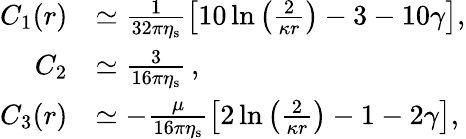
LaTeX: \begin{array}{rl}{C_{1}(r)}&{\simeq\frac{1}{32\pi\eta_{\mathrm{s}}}\left[10\ln\left(\frac{2}{\kappa r}\right)-3-10\gamma\right],}\\ {C_{2}}&{\simeq\frac{3}{16\pi\eta_{\mathrm{s}}}\, ,}\\ {C_{3}(r)}&{\simeq-\frac{\mu}{16\pi\eta_{\mathrm{s}}}\left[2\ln\left(\frac{2}{\kappa r}\right)-1-2\gamma\right],}\end{array}